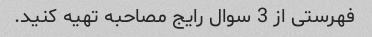
فهرستی از 3 سوال رایج مصاحبه تهیه کنید.